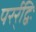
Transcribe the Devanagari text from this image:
परर्र्द्विः